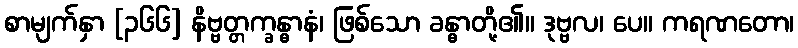
စာမျက်နှာ [၃၆၆] နိဗ္ဗတ္တက္ခန္ဓာနံ၊ ဖြစ်သော ခန္ဓာတို့၏။ ဒုဗ္ဗလ၊ ပေ။ ကရဏတော၊